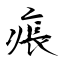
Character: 痮